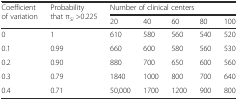
<table><thead><tr><td rowspan="2"><b>Coefficient of variation</b></td><td rowspan="2"><b>Probability that π<sub><i>Si</i></sub> &gt;0.225</b></td><td colspan="5"><b>Number of clinical centers</b></td></tr><tr><td><b>20</b></td><td><b>40</b></td><td><b>60</b></td><td><b>80</b></td><td><b>100</b></td></tr></thead><tbody><tr><td>0</td><td>1</td><td>610</td><td>580</td><td>560</td><td>540</td><td>520</td></tr><tr><td>0.1</td><td>0.99</td><td>660</td><td>600</td><td>580</td><td>560</td><td>530</td></tr><tr><td>0.2</td><td>0.90</td><td>880</td><td>700</td><td>650</td><td>600</td><td>560</td></tr><tr><td>0.3</td><td>0.79</td><td>1840</td><td>1000</td><td>800</td><td>700</td><td>640</td></tr><tr><td>0.4</td><td>0.71</td><td>50,000</td><td>1700</td><td>1200</td><td>900</td><td>800</td></tr></tbody></table>